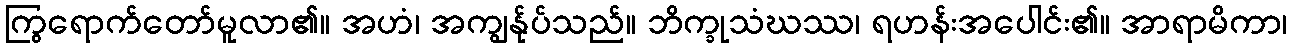
ကြွရောက်တော်မူလာ၏။ အဟံ၊ အကျွန်ုပ်သည်။ ဘိက္ခုသံဃဿ၊ ရဟန်းအပေါင်း၏။ အာရာမိကာ၊